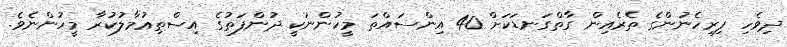
ދިވެހި ފިރިހެނުންގެ ތެރެއިން ގާތްގަނޑަކަށް 40 އިންސައްތަ މީހުންނަކީ ދުންފަތުގެ އިސްތިޢުމާލުކުރާ މީހުންނެވެ.